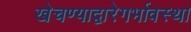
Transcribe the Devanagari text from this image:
खेचण्याद्वारेगर्भावस्था